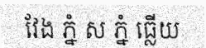
វែង ភ្នំ ស ភ្នំ ធ្លើយ